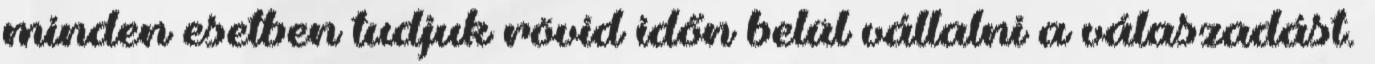
minden esetben tudjuk rövid időn belül vállalni a válaszadást.